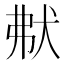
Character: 𤝟